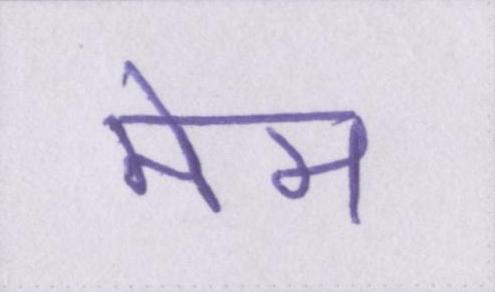
मेम